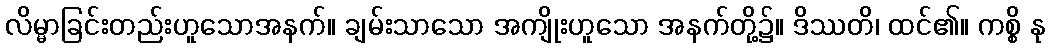
လိမ္မာခြင်းတည်းဟူသောအနက်။ ချမ်းသာသော အကျိုးဟူသော အနက်တို့၌။ ဒိဿတိ၊ ထင်၏။ ကစ္စိ နု